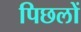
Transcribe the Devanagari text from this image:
पिछलों